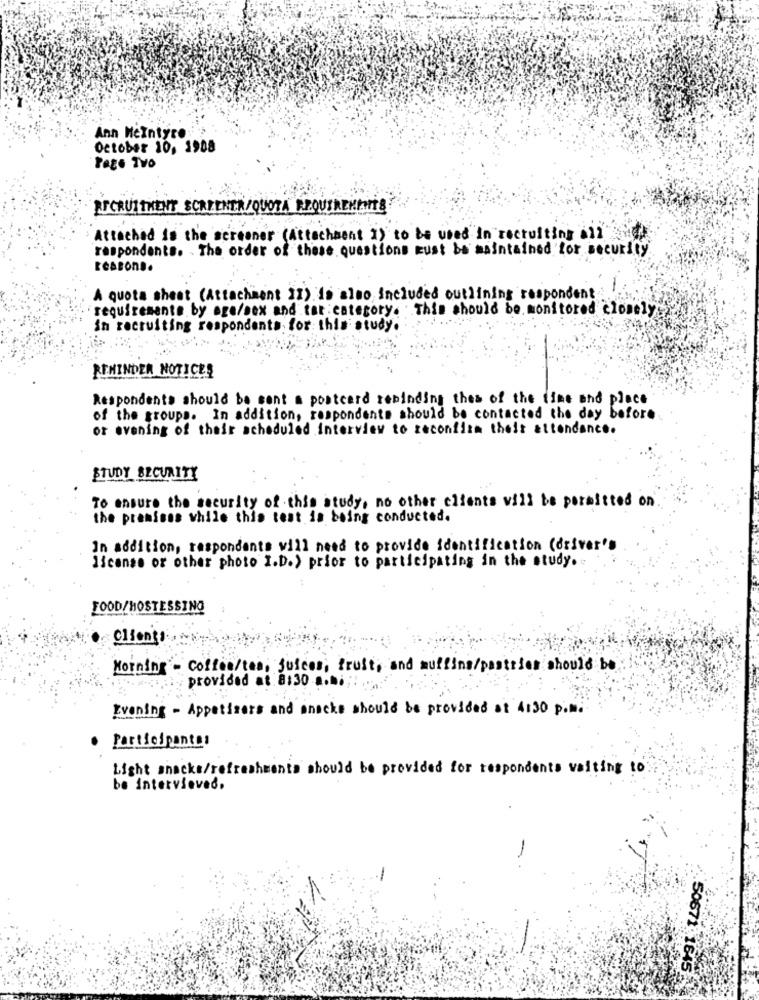
Ann Mcintyre
October 10, 1908
Tego Two
RECRUITMENT SCREENER/QUOTA REQUIREMENT
Attached is the screener (Attachment I) to be used in recruiting all"
respondents. The order of these questions must be maintained for security
LESBONS.
A quota sheet (Attachment II) is also included outlining respondent
requirements by age/sex and tat : category. This should be monitored closely
in recruiting respondents. for: this study.
REMINDER NOTICES
Respondents should be sent a postcard reminding thes of the time and place
of the groups. In addition, respondents should be contacted the day before
or evening of their scheduled interview to reconfirm their attendance.
STUDY SECURITY
To ensure the security of this study, no other clients will be permitted on
the premises while this test is being conducted.
In addition, respondents will need to provide identification (driver's
license or other photo I.D.) prior to participating in the study.
FOOD/HOSTESSING
Clients
Morning - Coffee/tea, juices, fruit, and muffins/pastries should be
provided at 8:30 a.mi;
Evening - Appetizers and snacks should be provided at 4130 p.m.
Participantes
Light snacks/refreshments should be provided for respondents waiting to
be intervieved.
50671 1645